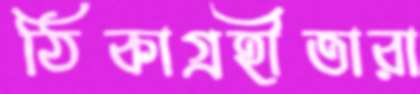
ঠিকাগ্রহীতারা